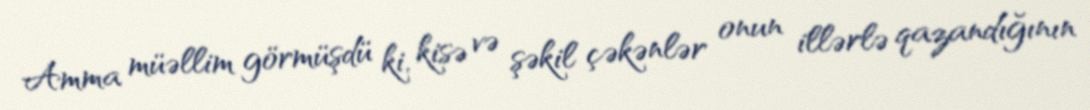
Amma müəllim görmüşdü ki, kisə və şəkil çəkənlər onun illərlə qazandığının